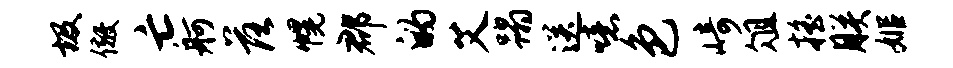
圾儆亡舸落幌郡的艾蹋送噫色崎俎摇朕姬